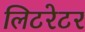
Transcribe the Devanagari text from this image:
लिटरेटर